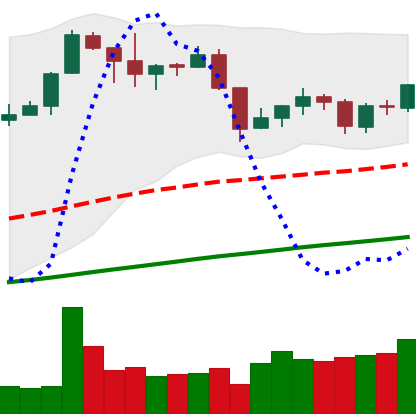
Ticker: XMR-USD
Chart end date: 2019-06-12
Forward return: 9.114%
Label: up_7plus